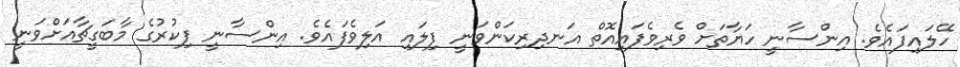
ހޭލައިފައެވެ. އިންސާނީ ހަޔާތަށް ވެރިވެފައިއޮތް އަނދިރިކަންވަނީ ފިލައި އަލިވެފައެވެ. އިންސާނީ ފިކުރުގެ މާބަގީޗާއަށްވަނީ